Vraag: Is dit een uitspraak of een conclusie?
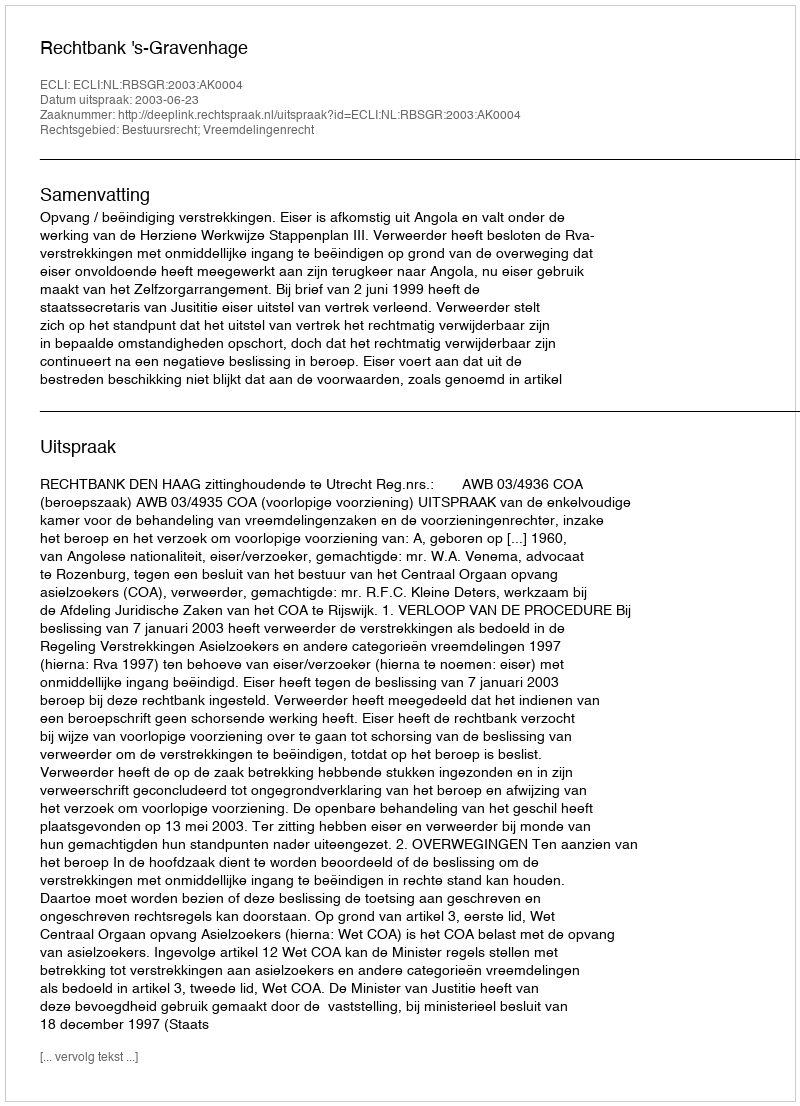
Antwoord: Uitspraak